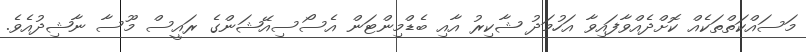
މަސައްކަތްތަކެއް ކޮށްދެއްވާފައިވާ އަހުމަދު ޝާކިރު އާއި ބެޑްމިންޓަން އެސޯސިއޭޝަންގެ ރައީސް މޫސާ ނާޝިދުއެވެ.